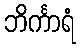
ဘိင်္ကာရံ